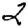
Digit: 2